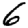
Digit: 6